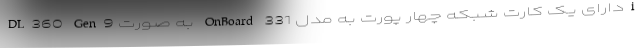
DL360 Gen9 به صورت OnBoard دارای یک کارت شبکه چهار پورت به مدل 331i